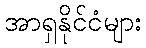
အာရှနိုင်ငံများ